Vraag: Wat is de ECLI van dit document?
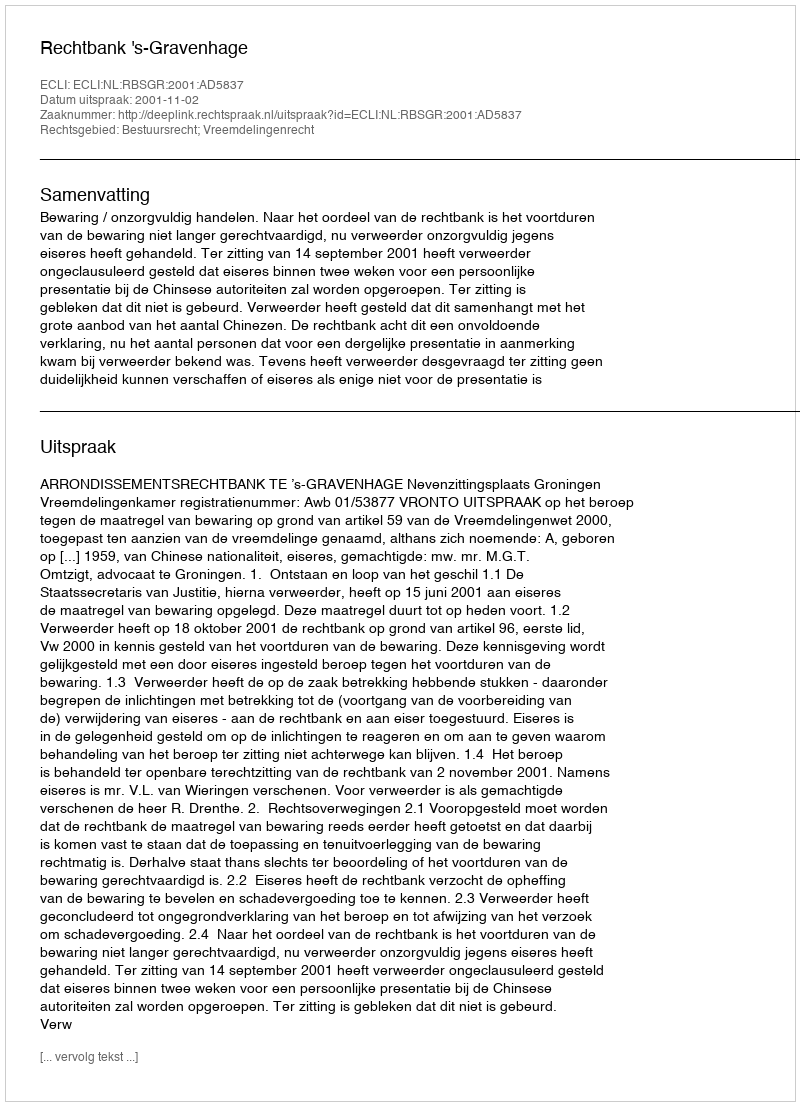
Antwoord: ECLI:NL:RBSGR:2001:AD5837